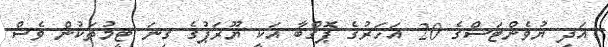
އަދި ޔުވެންޓަސްގެ 20 އަހަރުގެ ޕޮގްބާ އަކީ ޔޫރަޕުގެ ގިނަ ޓީމުތަކުން ވެސް